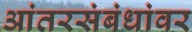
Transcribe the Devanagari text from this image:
आंतरसंबंधांवर